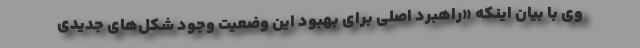
وی با بیان اینکه «راهبرد اصلی برای بهبود این وضعیت وجود شکل‌های جدیدی